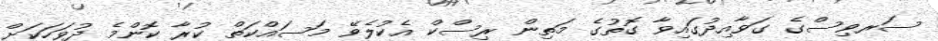
ސަރވިސްގެ ގަވާއިދުގައިވާ ގޮތުގެ މަތިން ރިސްކް އެކުލެވޭ މަސައްކަތް ކުރާ ކޮންމެ ދުވަހަކަށް